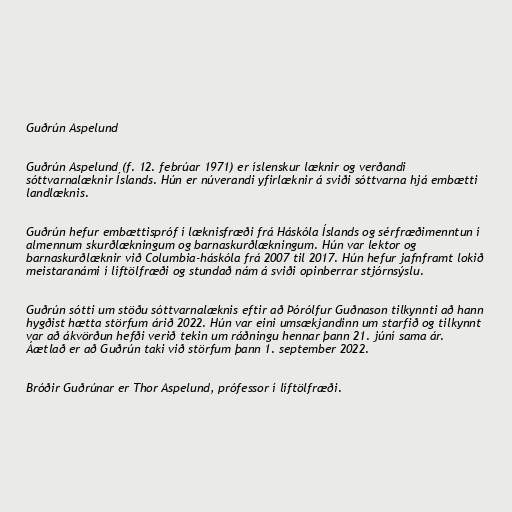
Guðrún Aspelund

Guðrún Aspelund (f. 12. febrúar 1971) er íslenskur læknir og verðandi
sóttvarnalæknir Íslands. Hún er núverandi yfirlæknir á sviði sóttvarna hjá embætti
landlæknis.

Guðrún hefur embættispróf í læknisfræði frá Háskóla Íslands og sérfræðimenntun í
almennum skurðlækningum og barnaskurðlækningum. Hún var lektor og
barnaskurðlæknir við Columbia-háskóla frá 2007 til 2017. Hún hefur jafnframt lokið
meistaranámi í líftölfræði og stundað nám á sviði opinberrar stjórnsýslu.

Guðrún sótti um stöðu sóttvarnalæknis eftir að Þórólfur Guðnason tilkynnti að hann
hygðist hætta störfum árið 2022. Hún var eini umsækjandinn um starfið og tilkynnt
var að ákvörðun hefði verið tekin um ráðningu hennar þann 21. júní sama ár.
Áætlað er að Guðrún taki við störfum þann 1. september 2022.

Bróðir Guðrúnar er Thor Aspelund, prófessor í líftölfræði.